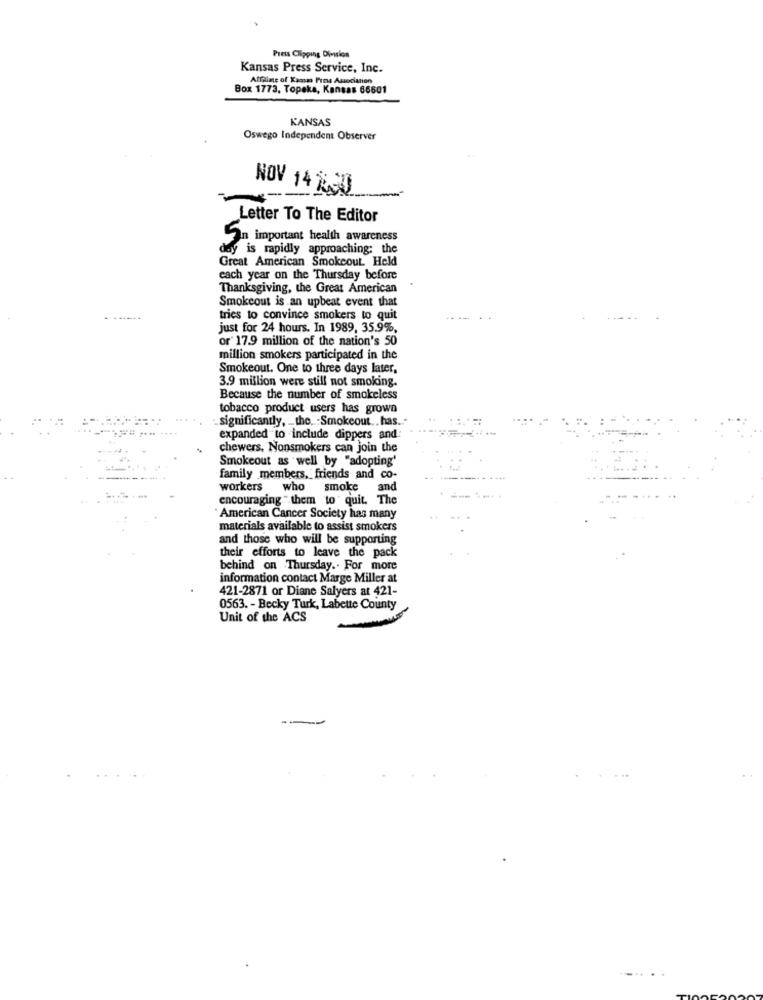
Press Clipping Division
Kansas Press Service, Inc.
Affaime of Kansas Fros Associanen
Box 1773, Topeka, Kansas 66801
KANSAS
Oswego Independent Observer
NOV 14 &CD
Letter To The Editor
An important health awareness
day is rapidly approaching: the
Great American Smokeout. Held
each year on the Thursday before
Thanksgiving, the Great American
Smokeout is an upbeat event that
tries to convince smokers to quit
just for 24 hours. In 1989, 35.9%,
or' 17.9 million of the nation's 50
million smokers participated in the
Smokeout. One to three days later,
3.9 million were still not smoking.
Because the number of smokeless
tobacco product users has grown
significantly, _ the .. : Smokeout .. has ...
expanded to include dippers and:
chewers, Nonsmokers can join the
Smokeout as well by "adopting'
family members, friends and co-
workers
who smoke
and
encouraging " them to quit. The
" American Cancer Society has many
materials available to assist smokers
and those who will be supporting
their efforts to leave the pack
behind on Thursday .. For more
information contact Marge Miller at
421-2871 or Diane Salyers at 421-
0563. - Becky Turk, Labette County
Unit of the ACS
--
.....